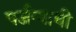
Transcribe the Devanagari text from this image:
पर्जन्याची